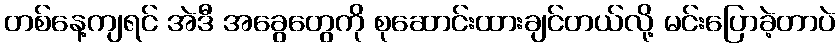
တစ်နေ့ကျရင် အဲဒီ အခွေတွေကို စုဆောင်းထားချင်တယ်လို့ မင်းပြောခဲ့တာပဲ